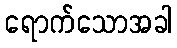
ရောက်သောအခါ